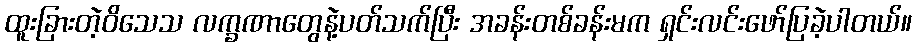
ထူးခြားတဲ့ဝိသေသ လက္ခဏာတွေနဲ့ပတ်သက်ပြီး အခန်းတစ်ခန်းမက ရှင်းလင်းဖော်ပြခဲ့ပါတယ်။